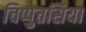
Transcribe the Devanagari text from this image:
चिप्पुत्तसिया